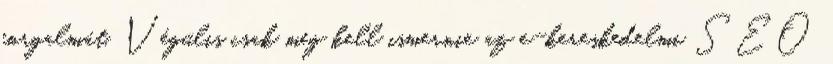
forgalmát. Végülis csak meg kell ismernie az e-kereskedelmi SEO